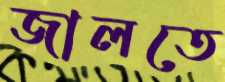
জালতে